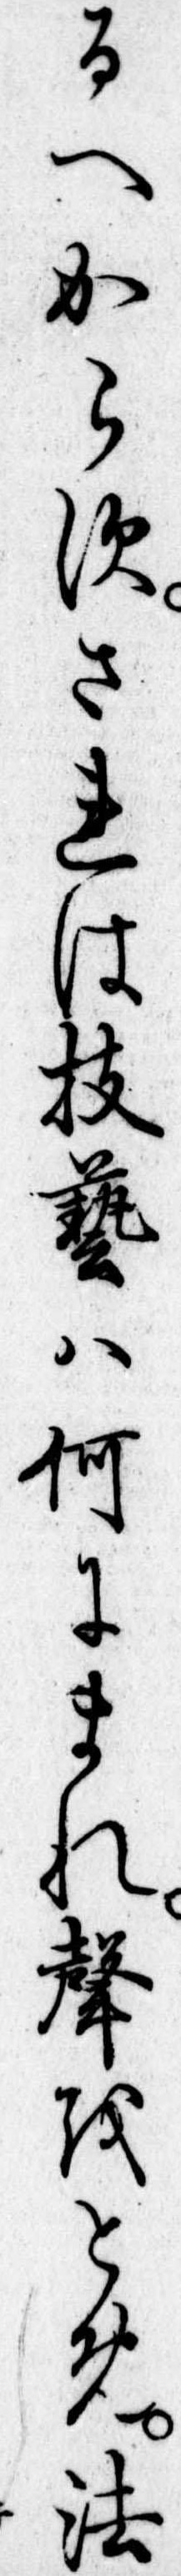
るへからすされは技芸は何にまれ声をとめ法